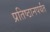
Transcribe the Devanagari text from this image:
प्रतिष्ठानपर्यंत